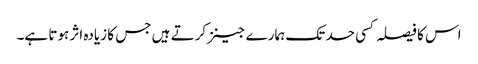
اس کا فیصلہ کسی حد تک ہمارے جینز کرتے ہیں جس کا زیادہ اثر ہوتا ہے۔